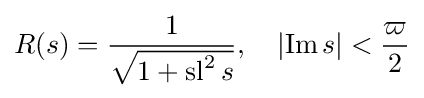
R(s)={\frac {1}{\sqrt {1+\operatorname {sl} ^{2}s}}},\quad \left|\operatorname {Im} s\right|<{\frac {\varpi }{2}}